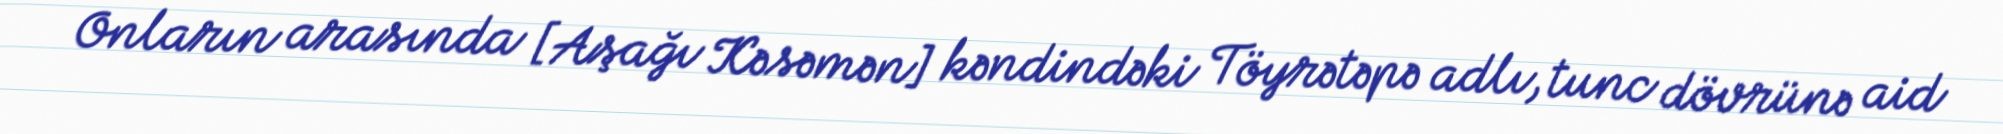
Onların arasında [Aşağı Kəsəmən] kəndindəki Töyrətəpə adlı, tunc dövrünə aid